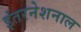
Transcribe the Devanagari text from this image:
इंतरनेशनाल